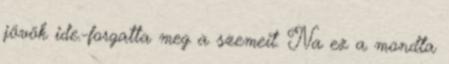
jövök ide.-forgatta meg a szemeit. Na ez a mondta